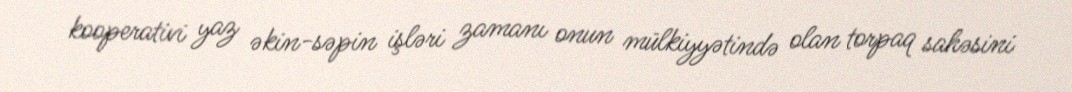
kooperativi yaz əkin-səpin işləri zamanı onun mülkiyyətində olan torpaq sahəsini